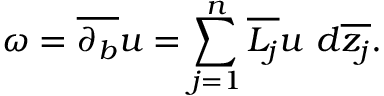
\omega = { \overline { { \partial _ { b } } } } u = \sum _ { j = 1 } ^ { n } { \overline { { L _ { j } } } } u \ d { \overline { { z _ { j } } } } .